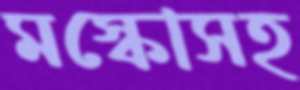
মস্কোসহ